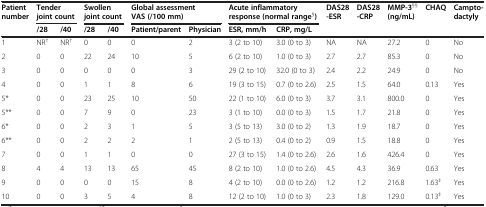
<table><thead><tr><td><b>Patient number</b></td><td colspan="2"><b>Tender joint count</b></td><td colspan="2"><b>Swollen joint count</b></td><td colspan="2"><b>Global assessment VAS (/100 mm)</b></td><td colspan="2"><b>Acute inflammatory response (normal range<sup>§</sup>)</b></td><td><b>DAS28 -ESR</b></td><td><b>DAS28 -CRP</b></td><td><b>MMP-3<sup>§§</sup>(ng/mL)</b></td><td><b>CHAQ</b></td><td><b>Campto- dactyly</b></td></tr><tr><td><b> </b></td><td><b>/28</b></td><td><b>/40</b></td><td><b>/28</b></td><td><b>/40</b></td><td><b>Patient/parent</b></td><td><b>Physician</b></td><td><b>ESR, mm/h</b></td><td><b>CRP, mg/L</b></td><td><b> </b></td><td><b> </b></td><td><b> </b></td><td><b> </b></td><td><b> </b></td></tr></thead><tbody><tr><td>1</td><td>NR<sup>†</sup></td><td>NR<sup>†</sup></td><td>0</td><td>0</td><td>0</td><td>2</td><td>3 (2 to 10)</td><td>3.0 (0 to 3)</td><td>NA</td><td>NA</td><td>27.2</td><td>0</td><td>No</td></tr><tr><td>2</td><td>0</td><td>0</td><td>22</td><td>24</td><td>10</td><td>5</td><td>6 (2 to 10)</td><td>1.0 (0 to 3)</td><td>2.7</td><td>2.7</td><td>85.3</td><td>0</td><td>No</td></tr><tr><td>3</td><td>0</td><td>0</td><td>0</td><td>0</td><td>0</td><td>3</td><td>29 (2 to 10)</td><td>32.0 (0 to 3)</td><td>2.4</td><td>2.2</td><td>24.9</td><td>0</td><td>No</td></tr><tr><td>4</td><td>0</td><td>0</td><td>1</td><td>1</td><td>8</td><td>6</td><td>19 (3 to 15)</td><td>0.7 (0 to 2.6)</td><td>2.5</td><td>1.5</td><td>64.0</td><td>0.13</td><td>Yes</td></tr><tr><td>5*</td><td>0</td><td>0</td><td>23</td><td>25</td><td>10</td><td>50</td><td>22 (1 to 10)</td><td>6.0 (0 to 3)</td><td>3.7</td><td>3.1</td><td>800.0</td><td>0</td><td>Yes</td></tr><tr><td>5**</td><td>0</td><td>0</td><td>7</td><td>9</td><td>0</td><td>23</td><td>3 (1 to 10)</td><td>0.0 (0 to 3)</td><td>1.5</td><td>1.7</td><td>21.8</td><td>0</td><td>Yes</td></tr><tr><td>6*</td><td>0</td><td>0</td><td>2</td><td>3</td><td>1</td><td>5</td><td>3 (5 to 13)</td><td>3.0 (0 to 2)</td><td>1.3</td><td>1.9</td><td>18.7</td><td>0</td><td>Yes</td></tr><tr><td>6**</td><td>0</td><td>0</td><td>2</td><td>2</td><td>2</td><td>1</td><td>2 (5 to 13)</td><td>0.4 (0 to 2)</td><td>0.9</td><td>1.5</td><td>18.8</td><td>0</td><td>Yes</td></tr><tr><td>7</td><td>0</td><td>0</td><td>1</td><td>1</td><td>0</td><td>0</td><td>27 (3 to 15)</td><td>1.4 (0 to 2.6)</td><td>2.6</td><td>1.6</td><td>426.4</td><td>0</td><td>Yes</td></tr><tr><td>8</td><td>4</td><td>4</td><td>13</td><td>13</td><td>65</td><td>45</td><td>8 (2 to 10)</td><td>1.0 (0 to 2.6)</td><td>4.5</td><td>4.3</td><td>36.9</td><td>0.63</td><td>Yes</td></tr><tr><td>9</td><td>0</td><td>0</td><td>0</td><td>0</td><td>15</td><td>8</td><td>4 (2 to 10)</td><td>0.0 (0 to 2.6)</td><td>1.2</td><td>1.2</td><td>216.8</td><td>1.63<sup>‡</sup></td><td>Yes</td></tr><tr><td>10</td><td>0</td><td>0</td><td>3</td><td>5</td><td>4</td><td>8</td><td>12 (2 to 10)</td><td>1.0 (0 to 3)</td><td>2.3</td><td>1.8</td><td>129.0</td><td>0.13<sup>‡</sup></td><td>Yes</td></tr></tbody></table>